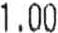
1.00